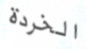
الخردة